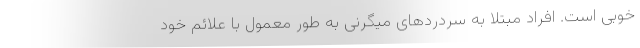
خوبی است. افراد مبتلا به سردردهای میگرنی به طور معمول با علائم خود